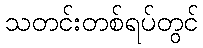
သတင်းတစ်ရပ်တွင်